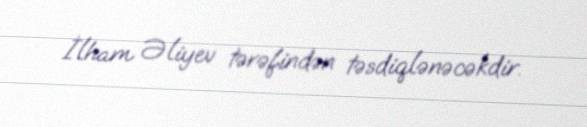
İlham Əliyev tərəfindən təsdiqlənəcəkdir.